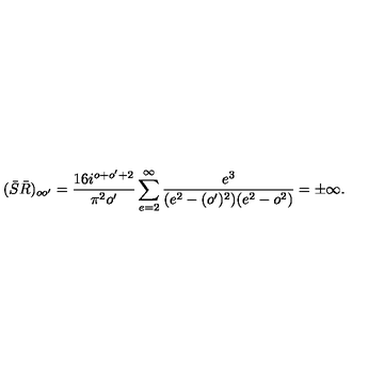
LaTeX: ( \bar { S } \bar { R } ) _ { o o ^ { \prime } } = { \frac { 1 6 i ^ { o + o ^ { \prime } + 2 } } { \pi ^ { 2 } o ^ { \prime } } } \sum _ { e = 2 } ^ { \infty } { \frac { e ^ { 3 } } { ( e ^ { 2 } - ( o ^ { \prime } ) ^ { 2 } ) ( e ^ { 2 } - o ^ { 2 } ) } } = \pm \infty .